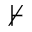
\nvdash